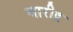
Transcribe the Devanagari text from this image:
वारीद्र